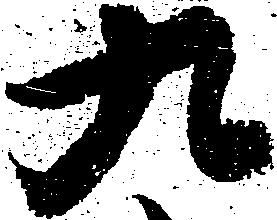
九